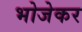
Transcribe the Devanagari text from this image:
भोजेकर